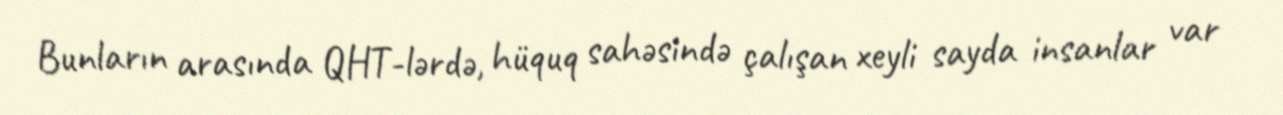
Bunların arasında QHT-lərdə, hüquq sahəsində çalışan xeyli sayda insanlar var